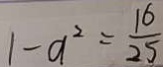
1 - a ^ { 2 } = \frac { 1 6 } { 2 5 }